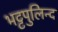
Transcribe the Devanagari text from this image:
भट्टपुलिन्द